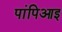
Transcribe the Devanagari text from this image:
पांपिआइ